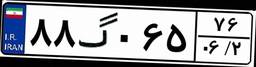
۸۸گ۳۷۷۸۹